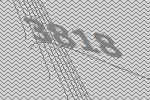
3818